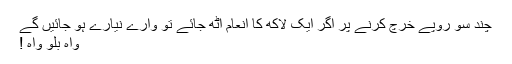
چند سو روپے خرچ کرنے پر اگر ایک لاکھ کا انعام اٹھ جائے تو وارے نیارے ہو جائیں گے
واہ بلو واہ !